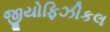
જીયોફિઝીકલ